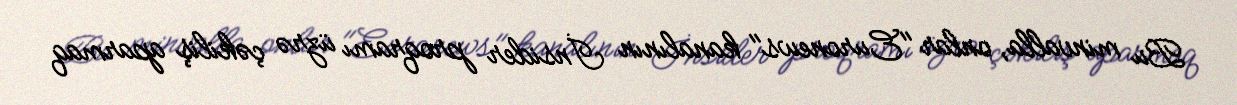
Bu minvalla, onlar "Euronews" kanalının İnsider proqramı üzrə çəkiliş aparmaq